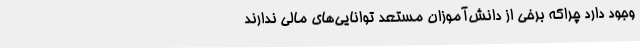
وجود دارد چراکه برخی از دانش‌آموزان مستعد توانایی‌های مالی ندارند